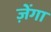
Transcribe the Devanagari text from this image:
ज़ेंगा